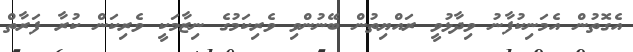
އެގޮތުން އެމަނިކުފާނު ވިދާޅުވީ ރައްޔިތުން ބޭނުންވި ވެރިކަމުގެ ނިޒާމަކީ ވެރިކަން ކުރާ ފަރާތް